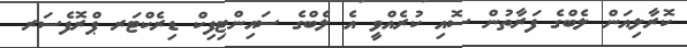
ކޮރާލިއަން ލެބްގެ ފަރާތުން ސޮއި ކުރެއްވީ އެ ލެބްގެ ސައިިންޓިިފިކް ޑިރެކްޓަރ ޕްރޮފެސަރ